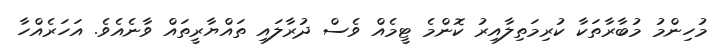
މުހިންމު މުބާރާތަކާ ކުރިމަތިލާއިރު ކޮންމެ ޓީމެއް ވެސް ދުރާލައި ތައްޔާރީތައް ވާނެއެވެ. އަހަރެއްހާ